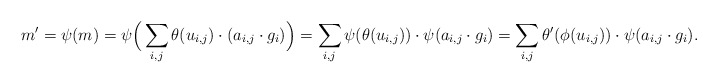
\begin{align*}m' = \psi(m) = \psi\Big( \sum_{i,j} \theta(u_{i,j}) \cdot (a_{i,j} \cdot g_i) \Big) = \sum_{i,j} \psi(\theta(u_{i,j})) \cdot \psi(a_{i,j} \cdot g_i) = \sum_{i,j} \theta'(\phi(u_{i,j})) \cdot \psi(a_{i,j} \cdot g_i).\end{align*}